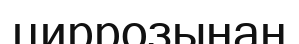
циррозынан